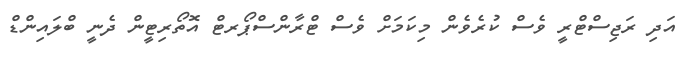
އަދި ރަޖިސްޓްރީ ވެސް ކުރެވެން މިކަމަށް ވެސް ޓްރާންސްޕޯރޓް އޮތޯރިޓީން ދެނީ ބްލައިންޑް